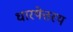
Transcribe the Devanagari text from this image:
धारयेत्तस्य